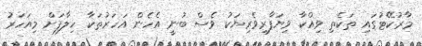
މާރުކޭޓުގައި ތަކެތި ވިއްކާ ވިޔަފާރިވެރިޔަކު ވެސް ބުނީ އެހެން އަހަރުތަކާ ހިލާފަށް މިއަހަރު